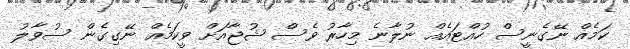
ކަމެއް ނޭގެނީސް ހުއްޓައެއް ނުލާނެ މިހާރު ވެސް ޝުޖާއަށް ވީކަމެއް ނޭގިގެން ސުވާލު